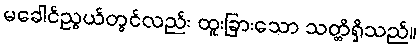
မခေါင်ညွယ်တွင်လည်း ထူးခြားသော သတ္တိရှိသည်။